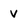
Character: V